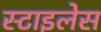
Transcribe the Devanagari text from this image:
स्टाइलेस